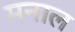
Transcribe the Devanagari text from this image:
मनाल